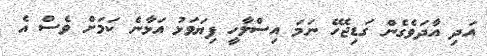
އަދި އާދަވެގެން ގަޑިޖެހޭ ނަމަ އިސްލާހީ ފިޔަވަޅު އަޅާނެ ކަމަށް ވެސް އެ